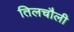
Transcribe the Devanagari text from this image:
तिलचौली